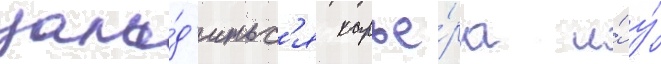
зала́д'итьс'я карье́ра и́ у́